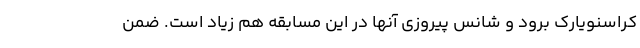
کراسنویارک برود و شانس پیروزی آنها در این مسابقه هم زیاد است. ضمن